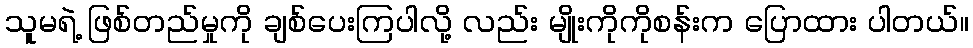
သူမရဲ့ ဖြစ်တည်မှုကို ချစ်ပေးကြပါလို့ လည်း မျိုးကိုကိုစန်းက ပြောထား ပါတယ်။